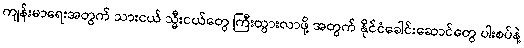
ကျန်းမာရေးအတွက် သားငယ် သ္မီးငယ်တွေ ကြီးထွားလာဖို့ အတွက် နိုင်ငံခေါင်းဆောင်တွေ ပါးစပ်နဲ့